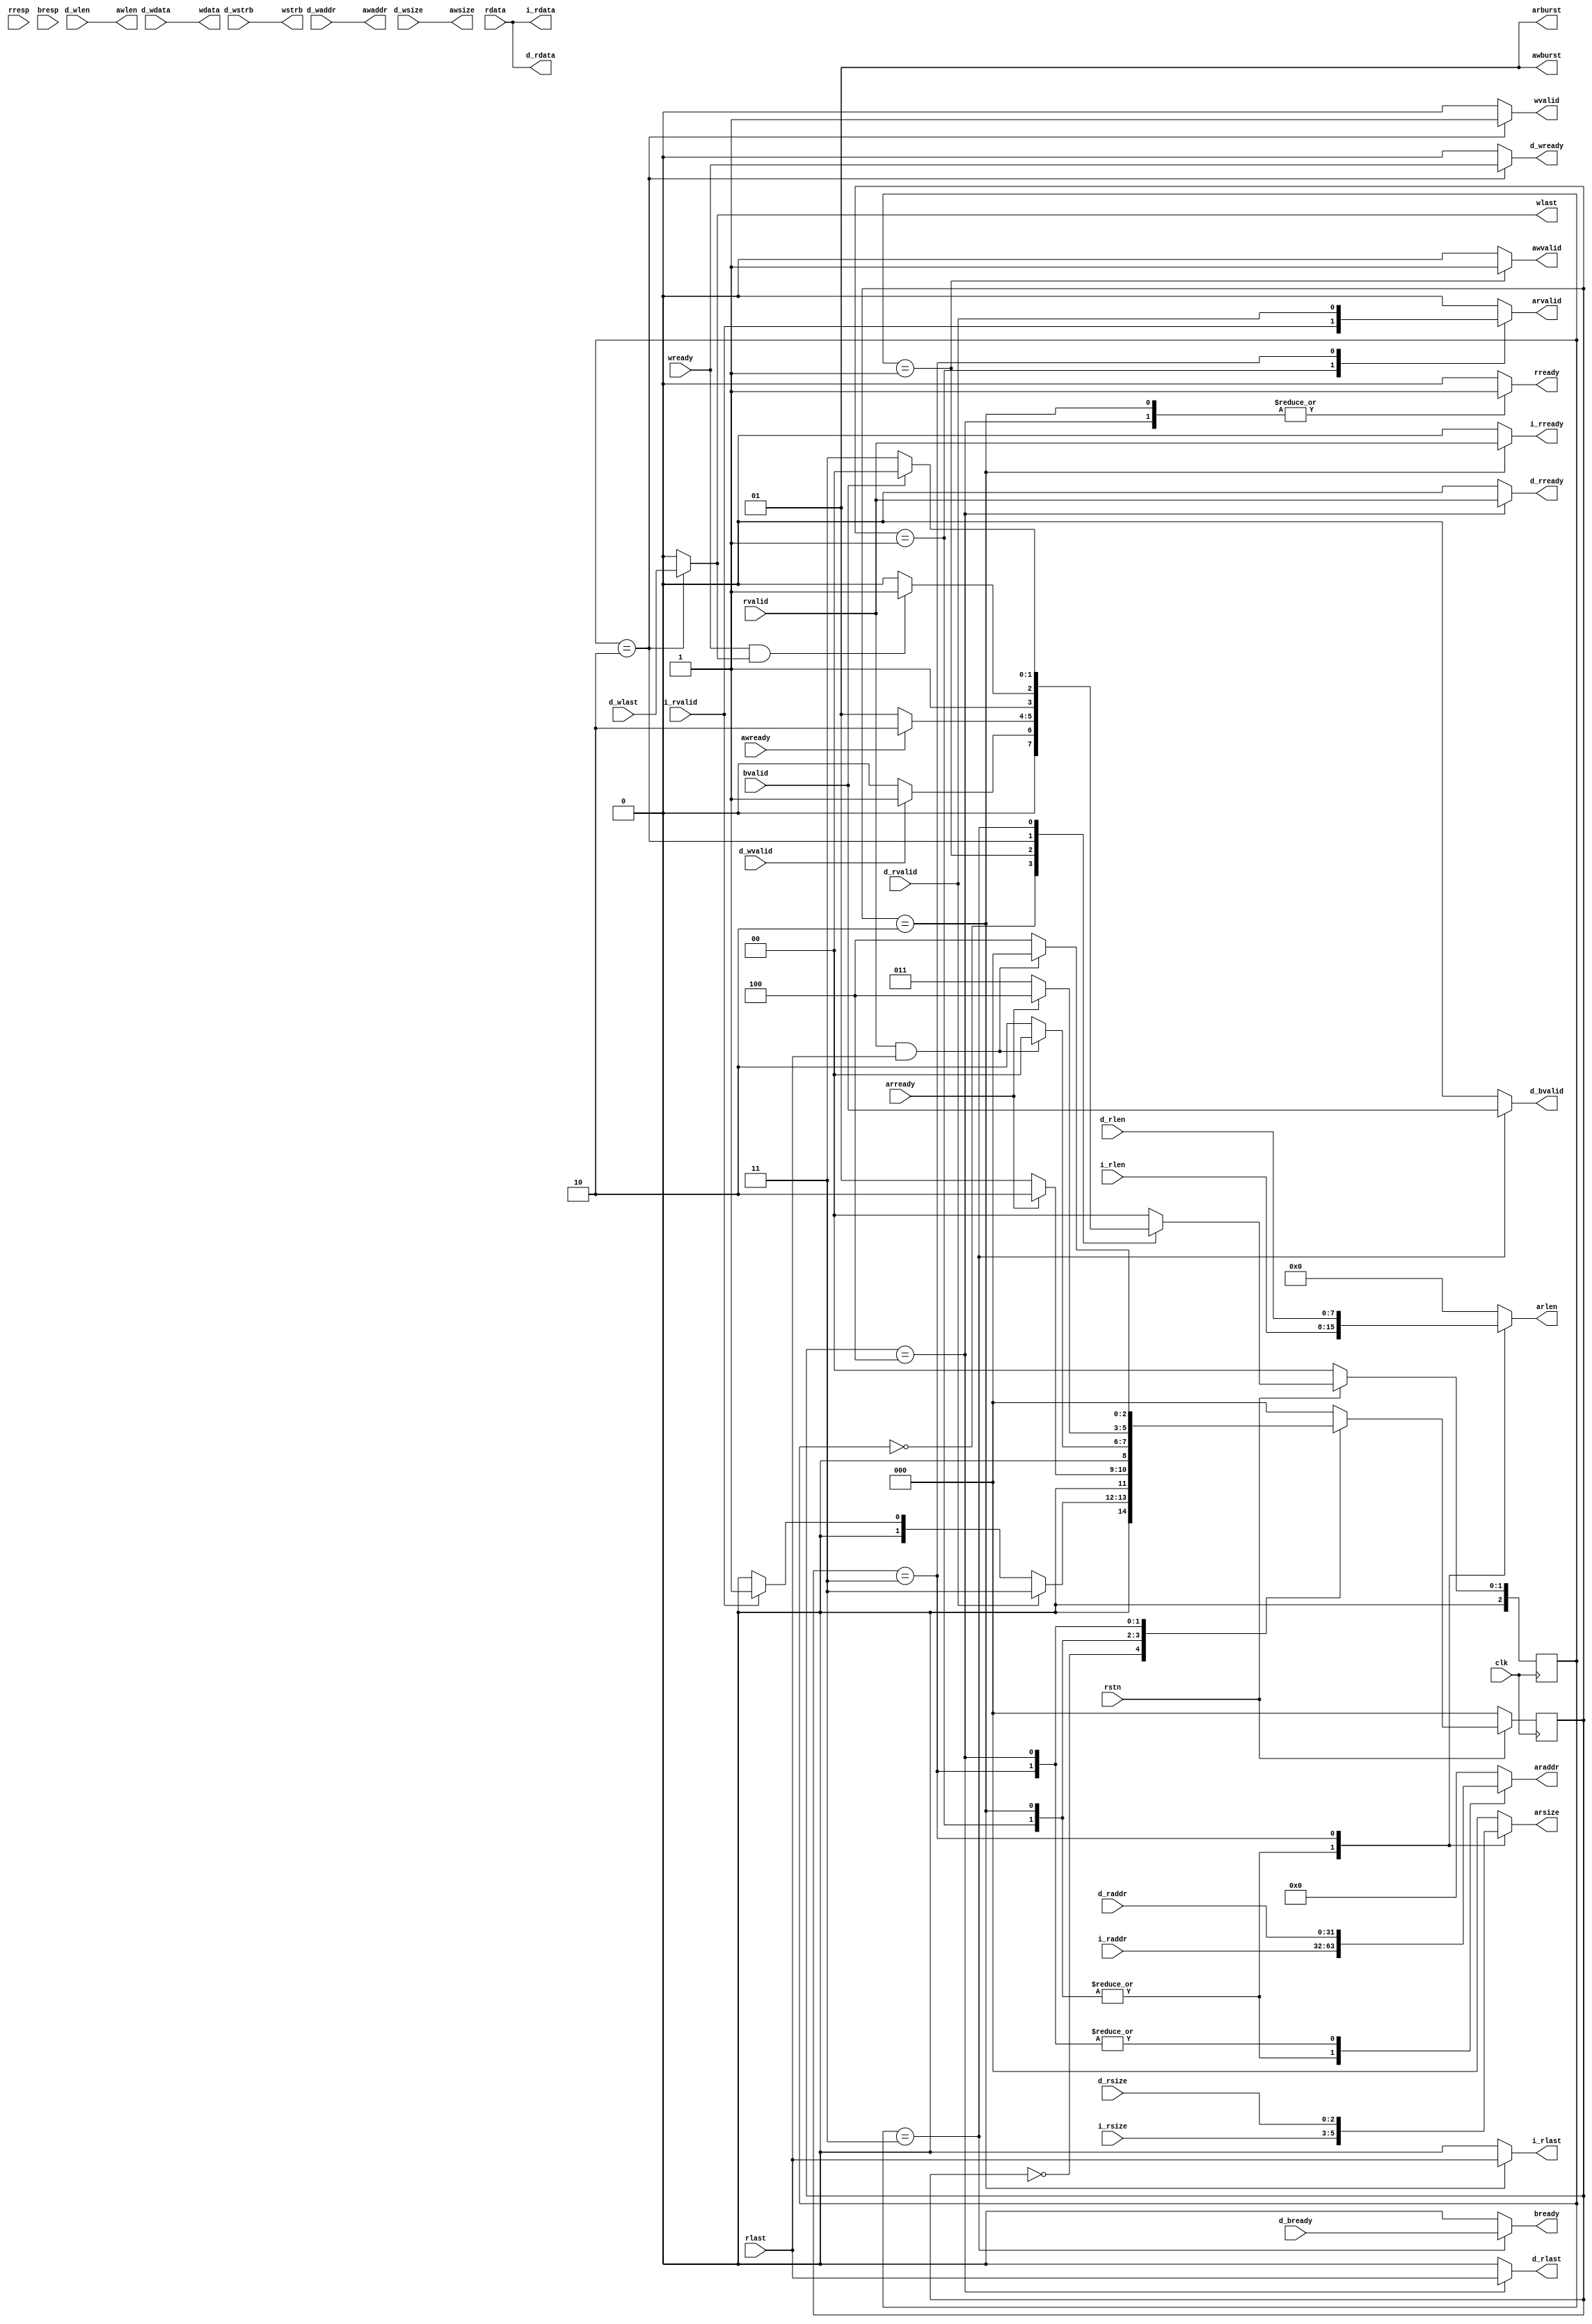
module axi_arbiter(
    input               clk,
    input               rstn,
    // from icache
    input               i_rvalid,
    output reg          i_rready,
    input [31:0]        i_raddr,
    output[31:0]        i_rdata,
    output reg          i_rlast,
    input [2:0]         i_rsize,
    input [7:0]         i_rlen,
    // from dcache
    input               d_rvalid,
    output reg          d_rready,
    input [31:0]        d_raddr,
    output [31:0]       d_rdata,
    output reg          d_rlast,
    input [2:0]         d_rsize,
    input [7:0]         d_rlen,

    input               d_wvalid,
    output reg          d_wready,
    input [31:0]        d_waddr,
    input [31:0]        d_wdata,
    input [3:0]         d_wstrb,
    input               d_wlast,
    input [2:0]         d_wsize,
    input [7:0]         d_wlen,

    output reg          d_bvalid,
    input               d_bready,
    // from AXI 
    // AR
    output reg [31:0]   araddr,
    output reg          arvalid,
    input               arready,
    output reg [7:0]    arlen,
    output reg [2:0]    arsize,
    output [1:0]        arburst,

    // R
    input [31:0]        rdata,
    input [1:0]         rresp,
    input               rvalid,
    output reg          rready,
    input               rlast,

    // AW
    output [31:0]       awaddr,
    output reg          awvalid,
    input               awready,
    output [7:0]        awlen,
    output [2:0]        awsize,
    output [1:0]        awburst,

    // W
    output [31:0]       wdata,
    output [3:0]        wstrb,
    output reg          wvalid,
    input               wready,
    output reg          wlast,

    // B
    input [1:0]         bresp,
    input               bvalid,
    output reg          bready
);
    localparam 
        R_IDLE  = 3'd0,
        I_AR    = 3'd1,
        I_R     = 3'd2,
        D_AR    = 3'd3,
        D_R     = 3'd4;
    reg [2:0] r_crt, r_nxt;
    always @(posedge clk) begin
        if(!rstn) begin
            r_crt <= R_IDLE;
        end else begin
            r_crt <= r_nxt;
        end
    end
    always @(*) begin
        case(r_crt)
        R_IDLE: begin
            if(d_rvalid)            r_nxt = D_AR;
            else if(i_rvalid)       r_nxt = I_AR;
            else                    r_nxt = R_IDLE;
        end
        I_AR: begin
            if(arready)             r_nxt = I_R;
            else                    r_nxt = I_AR;
        end
        I_R: begin
            if(rvalid && rlast)     r_nxt = R_IDLE;
            else                    r_nxt = I_R;
        end
        D_AR: begin
            if(arready)             r_nxt = D_R;
            else                    r_nxt = D_AR;
        end
        D_R: begin
            if(rvalid && rlast)     r_nxt = R_IDLE;
            else                    r_nxt = D_R;
        end
        default :                   r_nxt = R_IDLE;    
        endcase
    end
    
    assign i_rdata = rdata;
    assign d_rdata = rdata;
    assign arburst = 2'b01;

    always @(*) begin
        i_rready    = 0;
        i_rlast     = 0;
        d_rready    = 0;
        d_rlast     = 0;
        arlen       = 0;
        arsize      = 0;
        arvalid     = 0;
        araddr      = 0;
        rready      = 0;
        case(r_crt) 
        I_AR: begin
            araddr      = i_raddr;
            arvalid     = i_rvalid;
            arlen       = i_rlen;
            arsize      = i_rsize;
        end
        I_R: begin
            araddr      = i_raddr;
            arlen       = i_rlen;
            arsize      = i_rsize;
            rready      = 1;
            i_rready    = rvalid;
            i_rlast     = rlast;
        end
        D_AR: begin
            araddr      = d_raddr;
            arvalid     = d_rvalid;
            arlen       = d_rlen;
            arsize      = d_rsize;
        end
        D_R: begin
            araddr      = d_raddr;
            rready      = 1;
            d_rready    = rvalid;
            d_rlast     = rlast;
        end
        default:;
        endcase
    end

    localparam 
        W_IDLE  = 3'd0,
        D_AW    = 3'd1,
        D_W     = 3'd2,
        D_B     = 3'd3;
    reg [2:0] w_crt, w_nxt;
    always @(posedge clk) begin
        if(!rstn) begin
            w_crt <= W_IDLE;
        end else begin
            w_crt <= w_nxt;
        end
    end
    always @(*) begin
        case(w_crt)
        W_IDLE: begin
            if(d_wvalid)            w_nxt = D_AW;
            else                    w_nxt = W_IDLE;
        end
        D_AW: begin
            if(awready)             w_nxt = D_W;
            else                    w_nxt = D_AW;
        end
        D_W: begin
            if(wready && wlast)     w_nxt = D_B;
            else                    w_nxt = D_W;
        end
        D_B: begin
            if(bvalid)              w_nxt = W_IDLE;
            else                    w_nxt = D_B;
        end
        default :                   w_nxt = W_IDLE;    
        endcase
    end
    assign awaddr   = d_waddr;
    assign awlen    = d_wlen;
    assign awsize   = d_wsize;
    assign awburst  = 2'b01;
    assign wdata    = d_wdata;
    assign wstrb    = d_wstrb;

    always @(*) begin
        d_wready    = 0;
        d_bvalid    = 0;
        bready      = 0;
        awvalid     = 0;
        wvalid      = 0;
        wlast       = 0;

        case(w_crt)
        D_AW: begin
            awvalid     = 1;
        end
        D_W: begin
            wvalid      = 1;
            wlast       = d_wlast;
            d_wready    = wready;
        end
        D_B: begin
            bready      = d_bready;
            d_bvalid    = bvalid;
        end
        default:;
        endcase
    end


endmodule